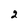
Character: 2